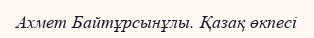
Ахмет Байтұрсынұлы. Қазақ өкпесі